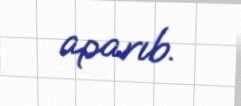
aparıb.